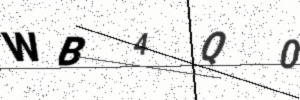
Text: WB4Q0